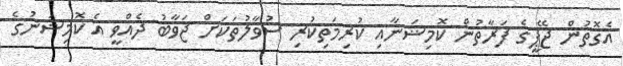
އެގޮތުން ޖޭޕީގެ ފަރާތުން ކޮމިޝަނާއި ކުރިމަތިކުރި ސުވާލުތަކަށް ޖަވާބު ދެއްވީ އެ ކޮމިޝަނުގެ